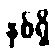
နှစ်ရှိ